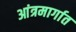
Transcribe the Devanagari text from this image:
आंत्रमार्गात